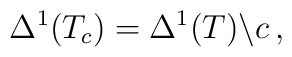
\Delta^1(T_c) = \Delta^1(T) \backslash c \, ,